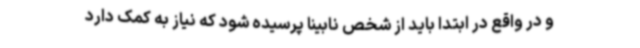
و در واقع در ابتدا باید از شخص نابینا پرسیده شود که نیاز به کمک دارد